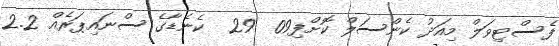
ފެސްޓިވަލް މިއަދު ކެންސަލް ކޮށްފި09  29  ކެނެޑާގެ ސްނައިޕަރެއް 2.2